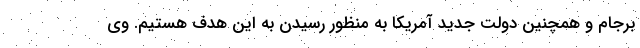
برجام و همچنین دولت جدید آمریکا به منظور رسیدن به این هدف هستیم. وی